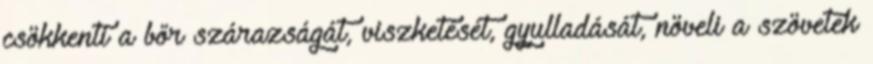
csökkenti a bőr szárazságát, viszketését, gyulladását, növeli a szövetek